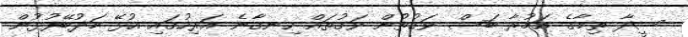
ސީދާ ތިމާގެ އަމުރާ ބަސް ވަގުތުން ވަގުތައް ހިނގާނެ އަރިހުގައި އުޅޭ މަދުބޭފުޅުން